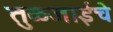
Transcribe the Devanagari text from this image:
तुळजाईचे